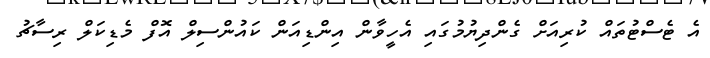
އެ ޓެސްޓުތައް ކުރިއަށް ގެންދިޔުމުގައި އެހީވާން އިންޑިއަން ކައުންސިލް އޮފް މެޑިކަލް ރިސާޗު